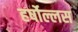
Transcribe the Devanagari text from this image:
हर्षोल्लस